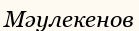
Мәулекенов